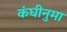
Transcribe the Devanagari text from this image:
कंघीनुमा